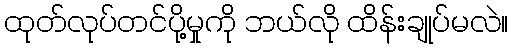
ထုတ်လုပ်တင်ပို့မှုကို ဘယ်လို ထိန်းချုပ်မလဲ။